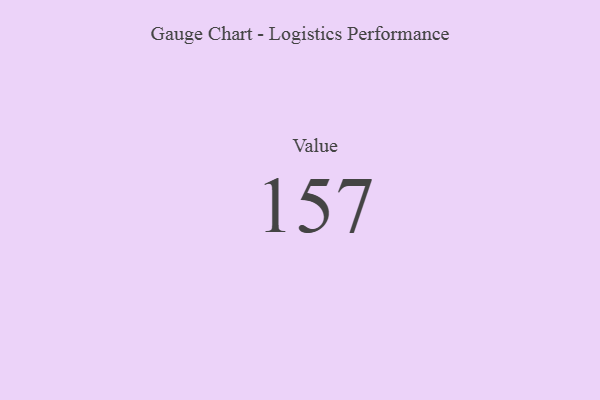
{"axis": {"x": "Metric", "y": "Value"}, "legend": [""], "data": [{"x": "Value", "y": 157, "type": ""}]}